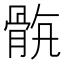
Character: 𩨺